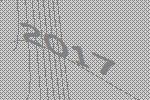
2017